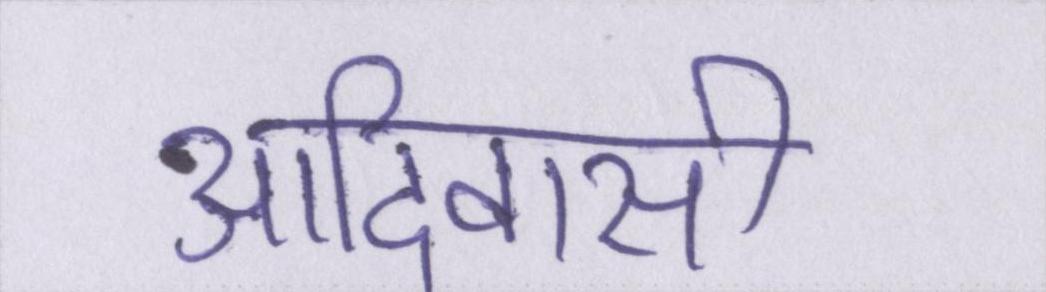
आदिवासी